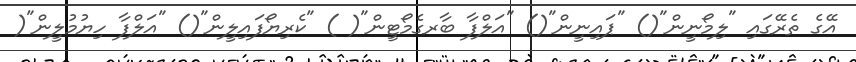
އޭގެ ތެރޭގައި "ލިމޯނީން"() "ޕައިނީން"() "އަލްފާ ބާރގެމޯޓީން"( ) "ކެރިޔޯފައިލީން"() "އަލްފާ ހިޔުމުލީން"(